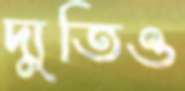
দ্যুতিও